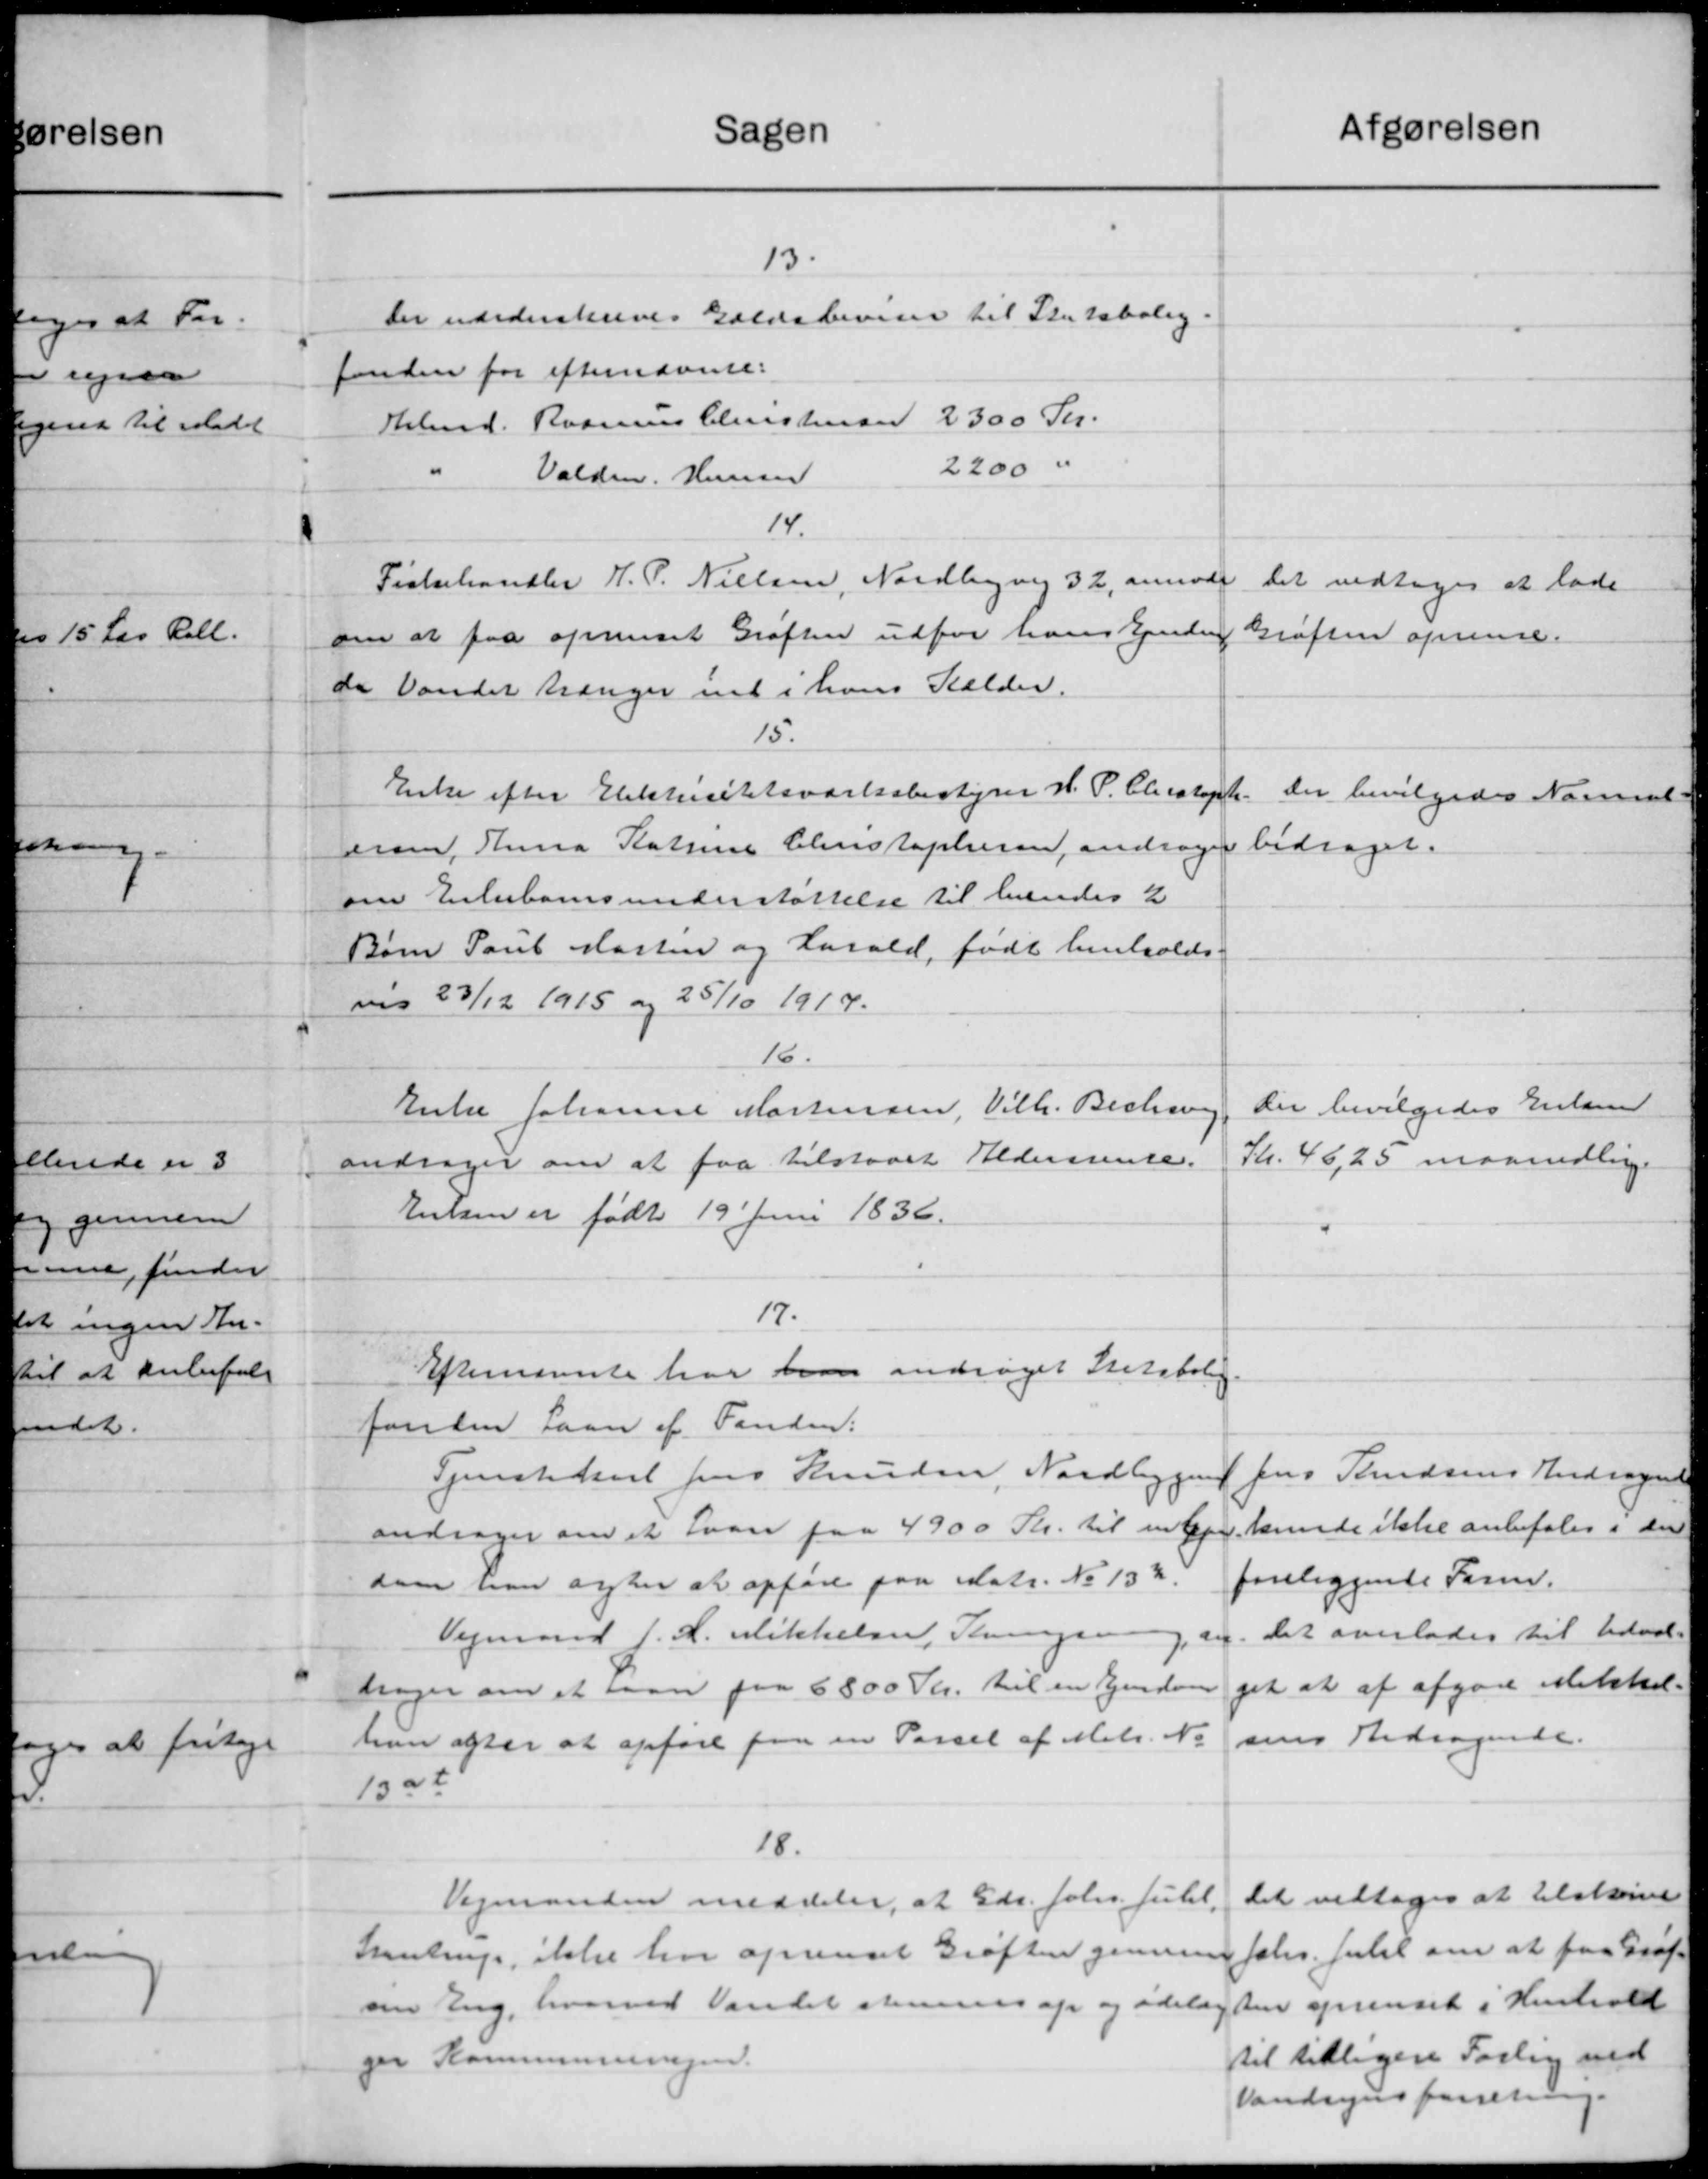
Transskription:
afgørelsen
Sagen
13.
der underskreves Gældsbeviser til Statsbolig.
fonden for efternævnte:
Arbmd. Rasmus Christensen 2300 Kr.
2200 "
Valdm. Hansen
14.
Fiskehandler J. P. Nielsen, Nordbyvej 32, anmode
Det vedtoges at lade
om at faa opuset Grøften udfor hans Ejenden
Grøften oprense.
de Vandet trænger med i hans Kælder.
15.
Enke efter Elektricitetsværksbestyrer H. P. Christoph.
Der bevilgedes Normal-
bidraget.
ram, Anna Katrine Christophersen, andrager
om Enkebørnsunderstøttelse til hendes 2
Børn Paul Masten og Harald, født henholds-
vn 23/12 1915 og 25/10 1914.
16.
Der bevilgedes Enken
Enke Johanne Mortensen, Vilh. Bechs
Kr. 46,25 maanedlige
andrager om at faa tilstaaet Aldersrente.
Hessen er født 19 Juni 1836.
17.
Efternævnte har han andrager Statsbolig.
fonden Laan af Fanden:
Jens Knudsens Andragende
Tjenestekarl Jens Knudsen, Nordbygning
kunde ikke anbefales i den
andrager om et Laan paa 4900 Kr. til udbe
foreliggende Farm.
som han agter at opføre paa Matr. No 132.
Det overlades til Udval-
Vejmand J. L. Mikkelsen, Stringse
ay.
get at af afgøre Mikkel-
høger om et Laan paa 6800 Kr. til en Ejendo
"
sens Andragende.
han efter at opføre paa en Parsel af Matr. No
13 at
18.
Det vedtoges at tilskrive
Vejmanden meddeler, at Gdr. Johs. Julit.
Johs. Julie om at paa Grøf-
Austrup, ikke har oprenset Grøften gennem
den oprenset i Henhold
om Eng, hvorved Vandet strenes op og ødelæg
til tidligere Forlig ved
for Kommunevejen.
Vandsynsforretning.